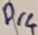
Text: Dr4